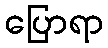
ပြောရာ